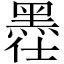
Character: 𪐾